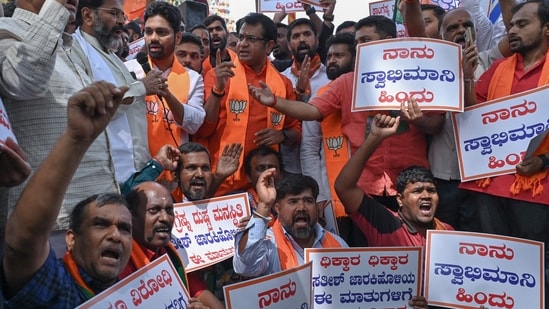
Language: kannada
Transcription: ನಾನು ಸ್ವಾಭಿಮಾನಿ ನಾನು ಸ್ವಾಭಿಮಾ ಸ್ವಾಭಿಮಾನಿ ಈ ಹಿಂದು ನಾನು ಜಾರಕಿಹೊಳಿಯ ಧಿಕ್ಕಾರ